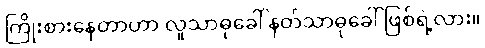
ကြိုးစားနေတာဟာ လူသာဓုခေါ် နတ်သာဓုခေါ် ဖြစ်ရဲ့လား။